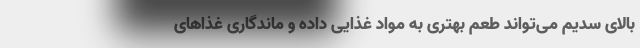
بالای سدیم می‌تواند طعم بهتری به مواد غذایی داده و ماندگاری غذا‌های